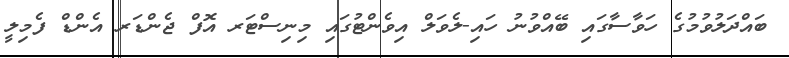
ބައްދަލުވުމުގެ ހަވާސާގައި ބޭއްވުނު ހައި-ލެވަލް އިވެންޓުގައި މިނިސްޓަރ އޮފް ޖެންޑަރ އެންޑް ފެމިލީ